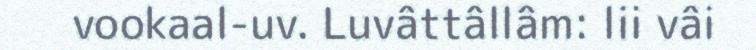
vookaal-uv. Luvâttâllâm: lii vâi